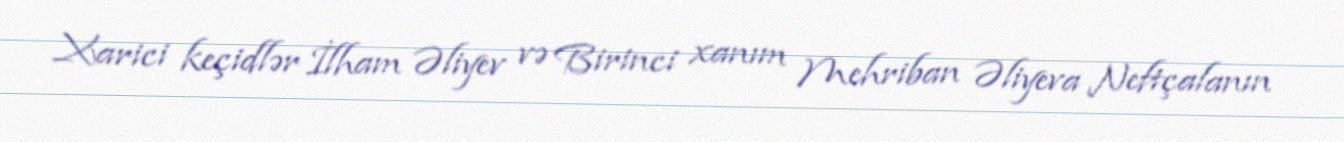
Xarici keçidlər İlham Əliyev və Birinci xanım Mehriban Əliyeva Neftçalanın